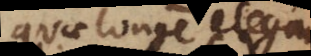
quae longe elegantior